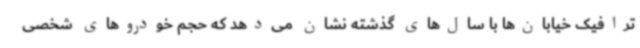
ترافیک خیابان‌ها با سال‌های گذشته نشان می‌دهد که حجم خودروهای شخصی